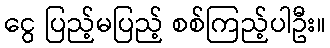
ငွေ ပြည့်မပြည့် စစ်ကြည့်ပါဦး။